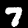
Digit: 7